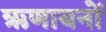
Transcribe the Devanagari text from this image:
ऋणायनों